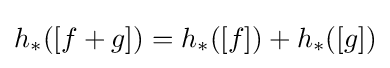
h_{*}([f+g])=h_{*}([f])+h_{*}([g])